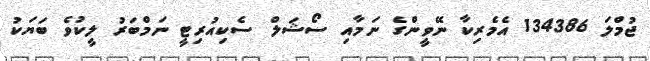
ޖުމްލަ 134386 އެމެރިކާ ނޭވީންގެ ނަމާއި ސޯޝަލް ސެކިއުރިޓީ ނަމްބަރު ލީކުވެ ބަޔަކު